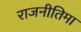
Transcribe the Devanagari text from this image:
राजनीतिमा